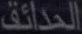
العربية